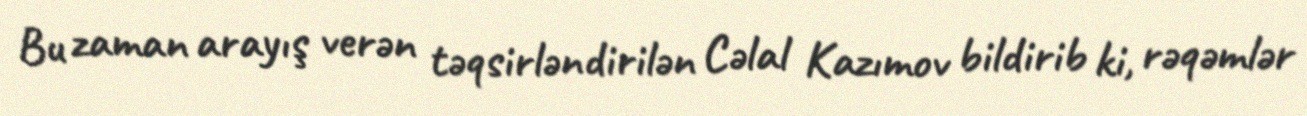
Bu zaman arayış verən təqsirləndirilən Cəlal Kazımov bildirib ki, rəqəmlər